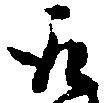
取